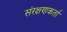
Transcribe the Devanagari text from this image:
संरक्षणकर्ता